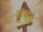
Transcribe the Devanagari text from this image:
गुणडे